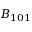
{ \cal B } _ { 1 0 1 }